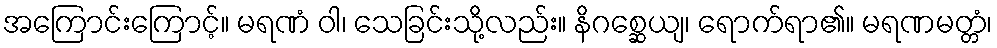
အကြောင်းကြောင့်။ မရဏံ ဝါ၊ သေခြင်းသို့လည်း။ နိဂစ္ဆေယျ၊ ရောက်ရာ၏။ မရဏမတ္တံ၊